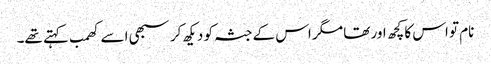
نام تو اس کا کچھ اور تھا مگر اس کے جثہ کو دیکھ کر سبھی اسے کھمب کہتے تھے۔